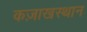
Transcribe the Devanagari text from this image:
कज़ाखस्थान